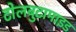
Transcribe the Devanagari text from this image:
टोलबुटामाइड